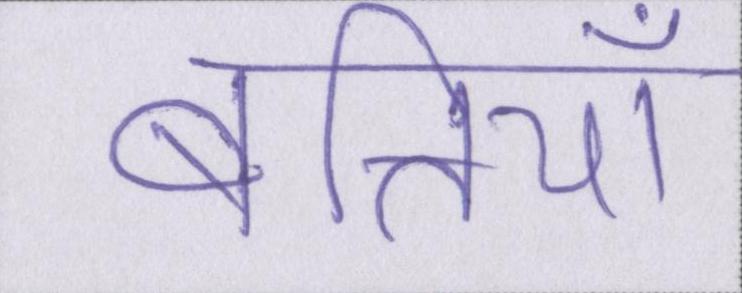
बत्तियाँ